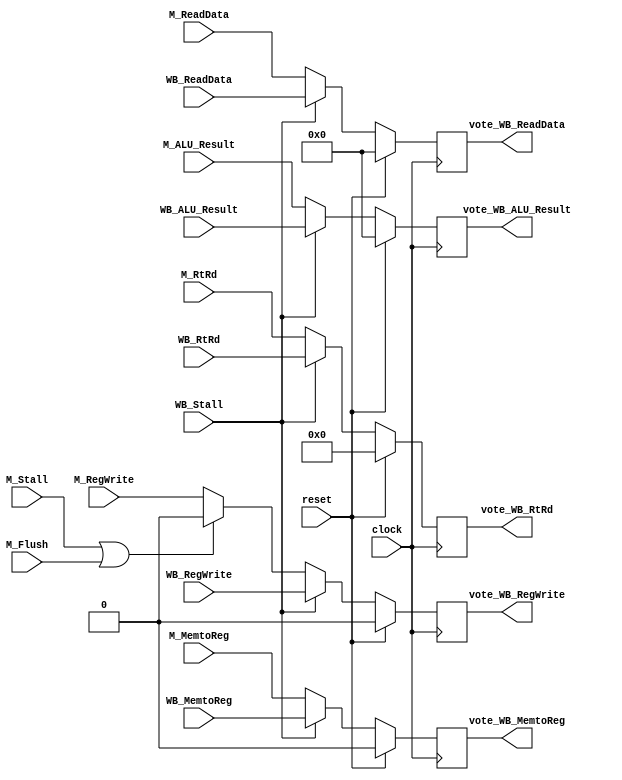
module MEMWB_Stage(
    input  clock,
    input  reset,
    input  M_Flush,
    input  M_Stall,
    input  WB_Stall,
    // Control Signals
    input  M_RegWrite,
    input  M_MemtoReg,
    // Data Signals
    input  [31:0] M_ReadData,
    input  [31:0] M_ALU_Result,
    input  [4:0]  M_RtRd,
    // Voter Signals for Registers
    input WB_RegWrite,
    input WB_MemtoReg,
    input [31:0] WB_ReadData,
    input [31:0] WB_ALU_Result,
    input [4:0]  WB_RtRd,
	 output reg vote_WB_RegWrite,
    output reg vote_WB_MemtoReg,
    output reg [31:0] vote_WB_ReadData,
    output reg [31:0] vote_WB_ALU_Result,
    output reg [4:0]  vote_WB_RtRd
    );


    /***
     The purpose of a pipeline register is to capture data from one pipeline stage
     and provide it to the next pipeline stage. This creates at least one clock cycle
     of delay, but reduces the combinatorial path length of signals which allows for
     higher clock speeds.

     All pipeline registers update unless the forward stage is stalled. When this occurs
     or when the current stage is being flushed, the forward stage will receive data that
     is effectively a NOP and causes nothing to happen throughout the remaining pipeline
     traversal. In other words:

     A stall masks all control signals to forward stages. A flush permanently clears
     control signals to forward stages (but not certain data for exception purposes).

     Since WB is the final stage in the pipeline, it would normally never stall.
     However, because the MEM stage may be using data forwarded from WB, WB must stall
     when MEM is stalled. If it didn't, the forward data would not be preserved. If
     the processor didn't forward any data, a stall would not be needed.

     In practice, the only time WB stalls is when forwarding for a Lw->Sw sequence, since
     MEM doesn't need the data until its stage, but it does not latch the forwarded data.
     This means WB_Stall is probably identical to M_Stall. There is no speed difference by
     allowing WB to stall.
    ***/

    always @(posedge clock) begin
        vote_WB_RegWrite   <= (reset) ? 1'b0  : ((WB_Stall) ? WB_RegWrite   : ((M_Stall | M_Flush) ? 1'b0 : M_RegWrite));
        vote_WB_MemtoReg   <= (reset) ? 1'b0  : ((WB_Stall) ? WB_MemtoReg                                 : M_MemtoReg);
        vote_WB_ReadData   <= (reset) ? 32'b0 : ((WB_Stall) ? WB_ReadData                                 : M_ReadData);
        vote_WB_ALU_Result <= (reset) ? 32'b0 : ((WB_Stall) ? WB_ALU_Result                               : M_ALU_Result);
        vote_WB_RtRd       <= (reset) ? 5'b0  : ((WB_Stall) ? WB_RtRd                                     : M_RtRd);
    end

endmodule